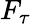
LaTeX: F_{\tau}